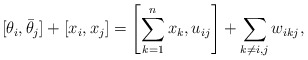
\begin{gather*}[\theta_i,{\bar \theta_j}] +[x_i,x_j] = \left[\sum_{k=1}^{n} x_k , u_{ij}\right] +\sum_{k \not= i,j} w_{ikj},\end{gather*}